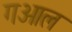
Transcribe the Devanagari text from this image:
गओल